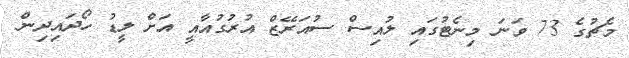
މެޗުގެ 73 ވަނަ މިނެޓުގައި ލުއިސް ސުއަރޭޒް އުރުގުއާއީ އަށް ލީޑު ހޯދައިދިން